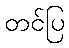
တင်ပြ